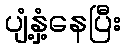
ပျံ့နှံ့နေပြီး